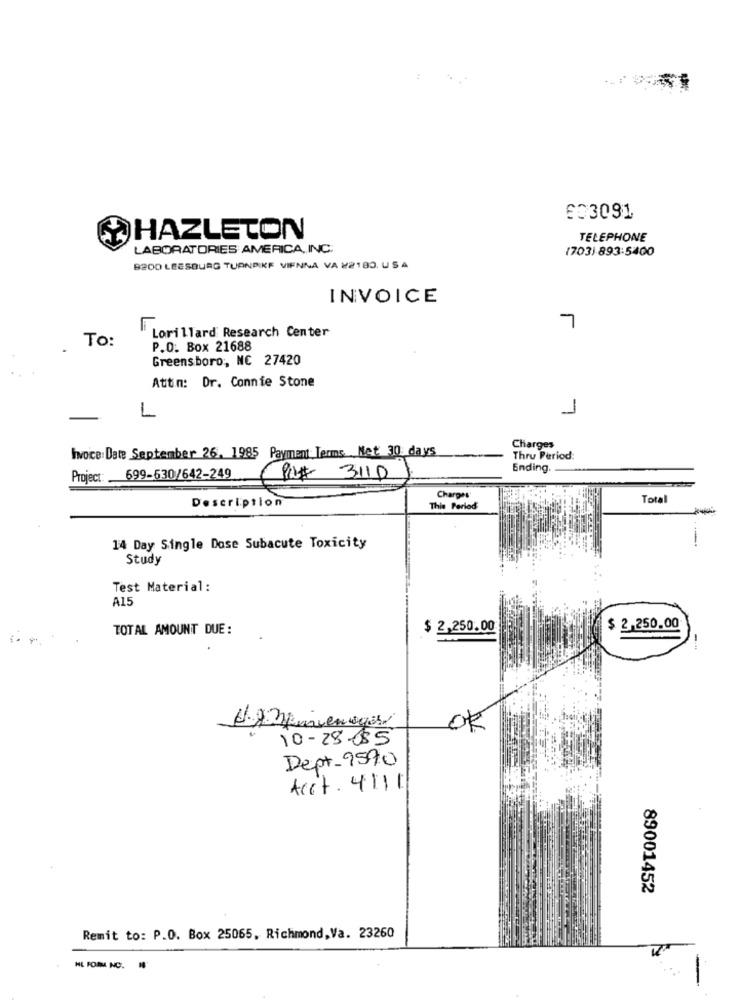
603091
HAZLETON
TELEPHONE
LABORATORIES AMERICA, INC.
(703) 893:5400
B200 LEESBURG TURNPIKE VIENNA VA #2180. USA
INVOICE
7
To:
Lorillard Research Center
P.O. Box 21688
Greensboro, NC 27420
Attım: Dr. Connie Stone
L
1
Charges
Ivoce: Date September 26, 1985 Payment Terms . Net. 30 days
Thru Period:
Ending.
Project: 699-530/642-249
PO# 3110
Description
Charges
Total
This Period
14 Day Single Dose Subacute Toxicity
Study
Test Material:
A15
TOTAL AMOUNT DUE:
$ 2,250.00
$ 2.250.00
OK
10-28-85
Dept-9590
Acct. 4111
89001452
Remit to: P.O. Box 25065, Richmond, Va. 23260
HL FORM NO.